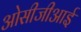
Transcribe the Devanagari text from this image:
ओसीजीआई